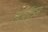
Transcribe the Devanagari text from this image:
स्टीरॉएड्स